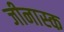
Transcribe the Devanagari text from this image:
जीनास्‍क